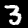
Label: 3